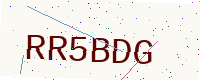
Text: RR5BDG